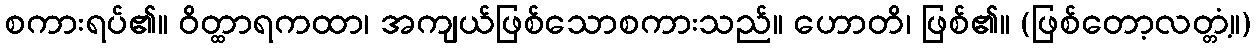
စကားရပ်၏။ ဝိတ္ထာရကထာ၊ အကျယ်ဖြစ်သောစကားသည်။ ဟောတိ၊ ဖြစ်၏။ (ဖြစ်တော့လတ္တံ့။)